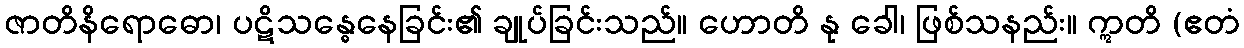
ဇာတိနိရောဓော၊ ပဋိသန္ဓေနေခြင်း၏ ချုပ်ခြင်းသည်။ ဟောတိ နု ခေါ၊ ဖြစ်သနည်း။ ဣတိ (ဧတံ